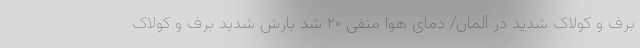
برف و کولاک شدید در آلمان/ دمای هوا منفی ۲۰ شد بارش شدید برف و کولاک